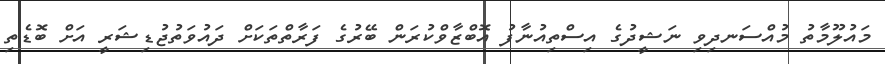
މައުލޫމާތު މުއްސަނދިވި ނަޝީދުގެ އިސްތިއުނާފު އޮބްޒާވްކުރަން ބޭރުގެ ފަރާތްތަކަށް ދައުވަތުޖުޑިޝަރީ އަށް ބޮޑެތި